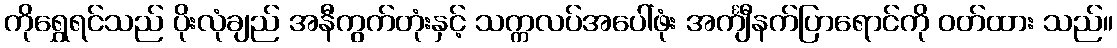
ကိုရွှေရင်သည် ပိုးလုံချည် အနီကွက်တုံးနှင့် သက္ကလပ်အပေါ်ဖုံး အင်္ကျီနက်ပြာရောင်ကို ဝတ်ထား သည်။